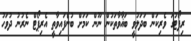
ރިޕޯޓުގަ ވެރިކަން ބަދަލުވީ ބަޣާވާތަކުން ނޫން ކަމަށް ބުނެފައިވާތީ އެރިޕޯޓް ނެރުނު ދުވަހު